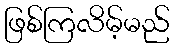
ဖြစ်ကြလိမ့်မည်